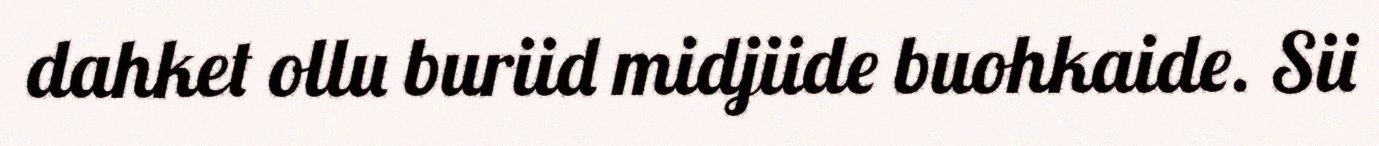
dahket ollu buriid midjiide buohkaide. Sii